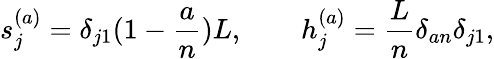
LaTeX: s_{j}^{(a)}=\delta_{j1}(1-{\frac{a}{n}})L,\qquad h_{j}^{(a)}={\frac{L}{n}}\delta_{an}\delta_{j1},